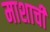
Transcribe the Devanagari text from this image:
माशाची